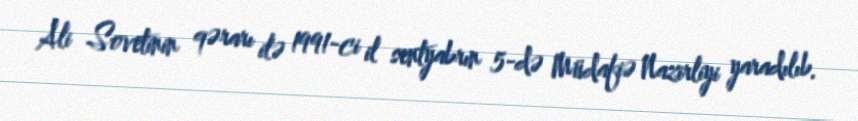
Ali Sovetinin qərarı ilə 1991-ci il sentyabrın 5-də Müdafiə Nazirliyi yaradılıb.